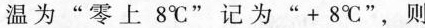
温为”零上8^{\circ}C”记为”+8^{\circ}C”，则